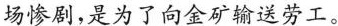
场惨剧,是为了向金矿输送劳工。